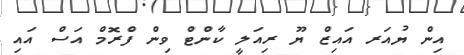
އިން ޔުއަރ އައިޒް ޔޫ ރިއަލީ ކާންޓް ވިން ފްރޮމް އަސް އައި